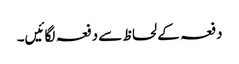
دفعہ کے لحاظ سے دفعہ لگائیں۔